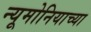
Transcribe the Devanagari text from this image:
न्यूमोनियाच्या